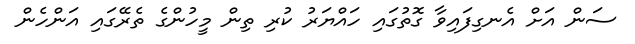
ސަން އަށް އެނގިފައިވާ ގޮތުގައި ހައްޔަރު ކުރި ތިން މީހުންގެ ތެރޭގައި އަންހެން